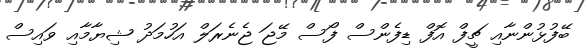
ބޭފުޅުންނާއި ޗީފް އޮފް ޑިފެންސް ފޯސް މޭޖަ ޖެނެރަލް އަހުމަދު ޝިޔާމާއި ވައިސް